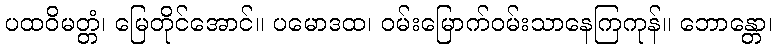
ပထဝိမတ္တံ၊ မြေတိုင်အောင်။ ပမောဒထ၊ ဝမ်းမြောက်ဝမ်းသာနေကြကုန်။ ဘောန္တော၊